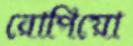
রোপিয়ো